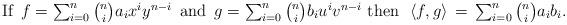
LaTeX: \begin{align*}\hbox{If $\,f=\sum_{i=0}^n \binom{n}{i}a_i x^i y^{n-i}\,$ and $\,g = \sum_{i=0}^n \binom{n}{i}b_i u^i v^{n-i}\,\,$then $\,\,\langle f, g\rangle \,= \, \sum_{i=0}^n \binom{n}{i} a_i b_i$.}\end{align*}